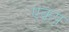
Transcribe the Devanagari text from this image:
एकप